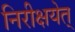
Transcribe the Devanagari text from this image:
निरीक्षयेत्